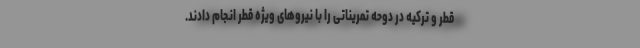
قطر و ترکیه در دوحه تمریناتی را با نیروهای ویژه قطر انجام دادند.